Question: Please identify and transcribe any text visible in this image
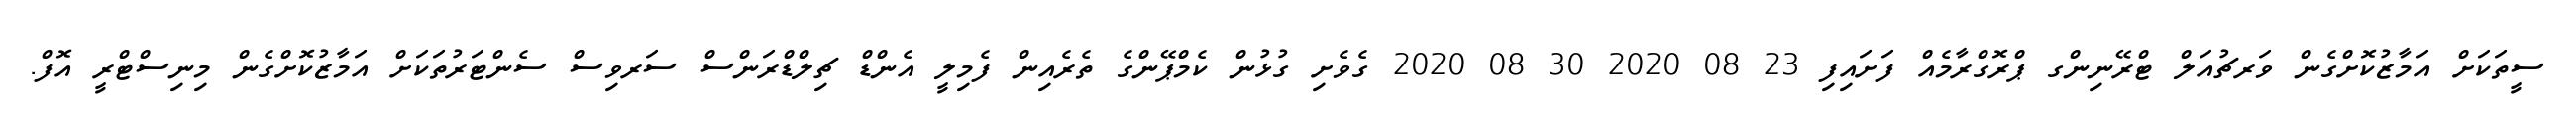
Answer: ސީތަކަށް އަމާޒުކޮށްގެން ވަރޗުއަލް ޓްރޭނިންގ ޕްރޮގްރާމެއް ފަށައިފި 23 08 2020 30 08 2020 ގެވެށި ގުޅުން ކެމްޕޭންގެ ތެރެއިން ފެމިލީ އެންޑް ޗިލްޑްރަންސް ސަރވިސް ސެންޓަރުތަކަށް އަމާޒުކޮށްގެން މިނިސްޓްރީ އޮފް.